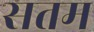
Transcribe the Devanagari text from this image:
सतम